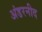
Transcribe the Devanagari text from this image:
अंडरनीद